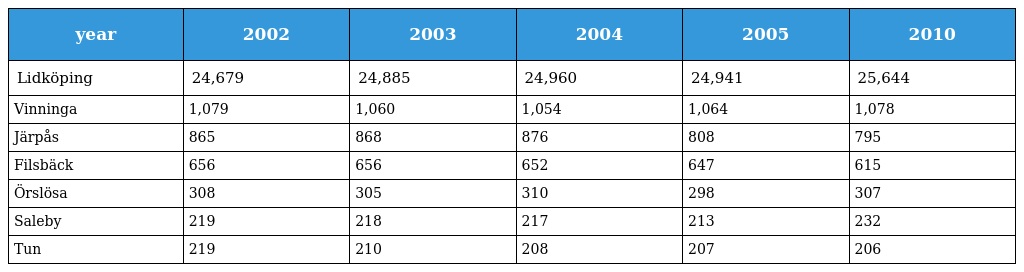
| year | 2002 | 2003 | 2004 | 2005 | 2010 |
 | --- | --- | --- | --- | --- | --- |
 | Lidköping | 24,679 | 24,885 | 24,960 | 24,941 | 25,644 |
 | Vinninga | 1,079 | 1,060 | 1,054 | 1,064 | 1,078 |
 | Järpås | 865 | 868 | 876 | 808 | 795 |
 | Filsbäck | 656 | 656 | 652 | 647 | 615 |
 | Örslösa | 308 | 305 | 310 | 298 | 307 |
 | Saleby | 219 | 218 | 217 | 213 | 232 |
 | Tun | 219 | 210 | 208 | 207 | 206 |